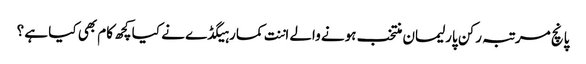
پانچ مرتبہ رکن پارلیمان منتخب ہونے والے اننت کمار ہیگڈے نے کیا کچھ کام بھی کیا ہے ؟